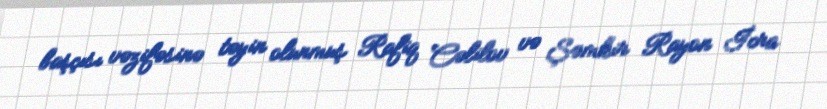
başçısı vəzifəsinə təyin olunmuş Rafiq Cəlilov və Şəmkir Rayon İcra